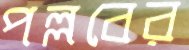
পল্লবের